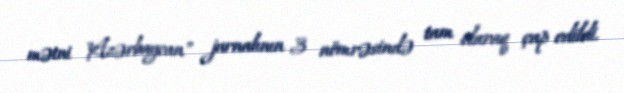
mətni "Azərbaycan" jurnalının 3 nömrəsində tam olaraq çap edildi.